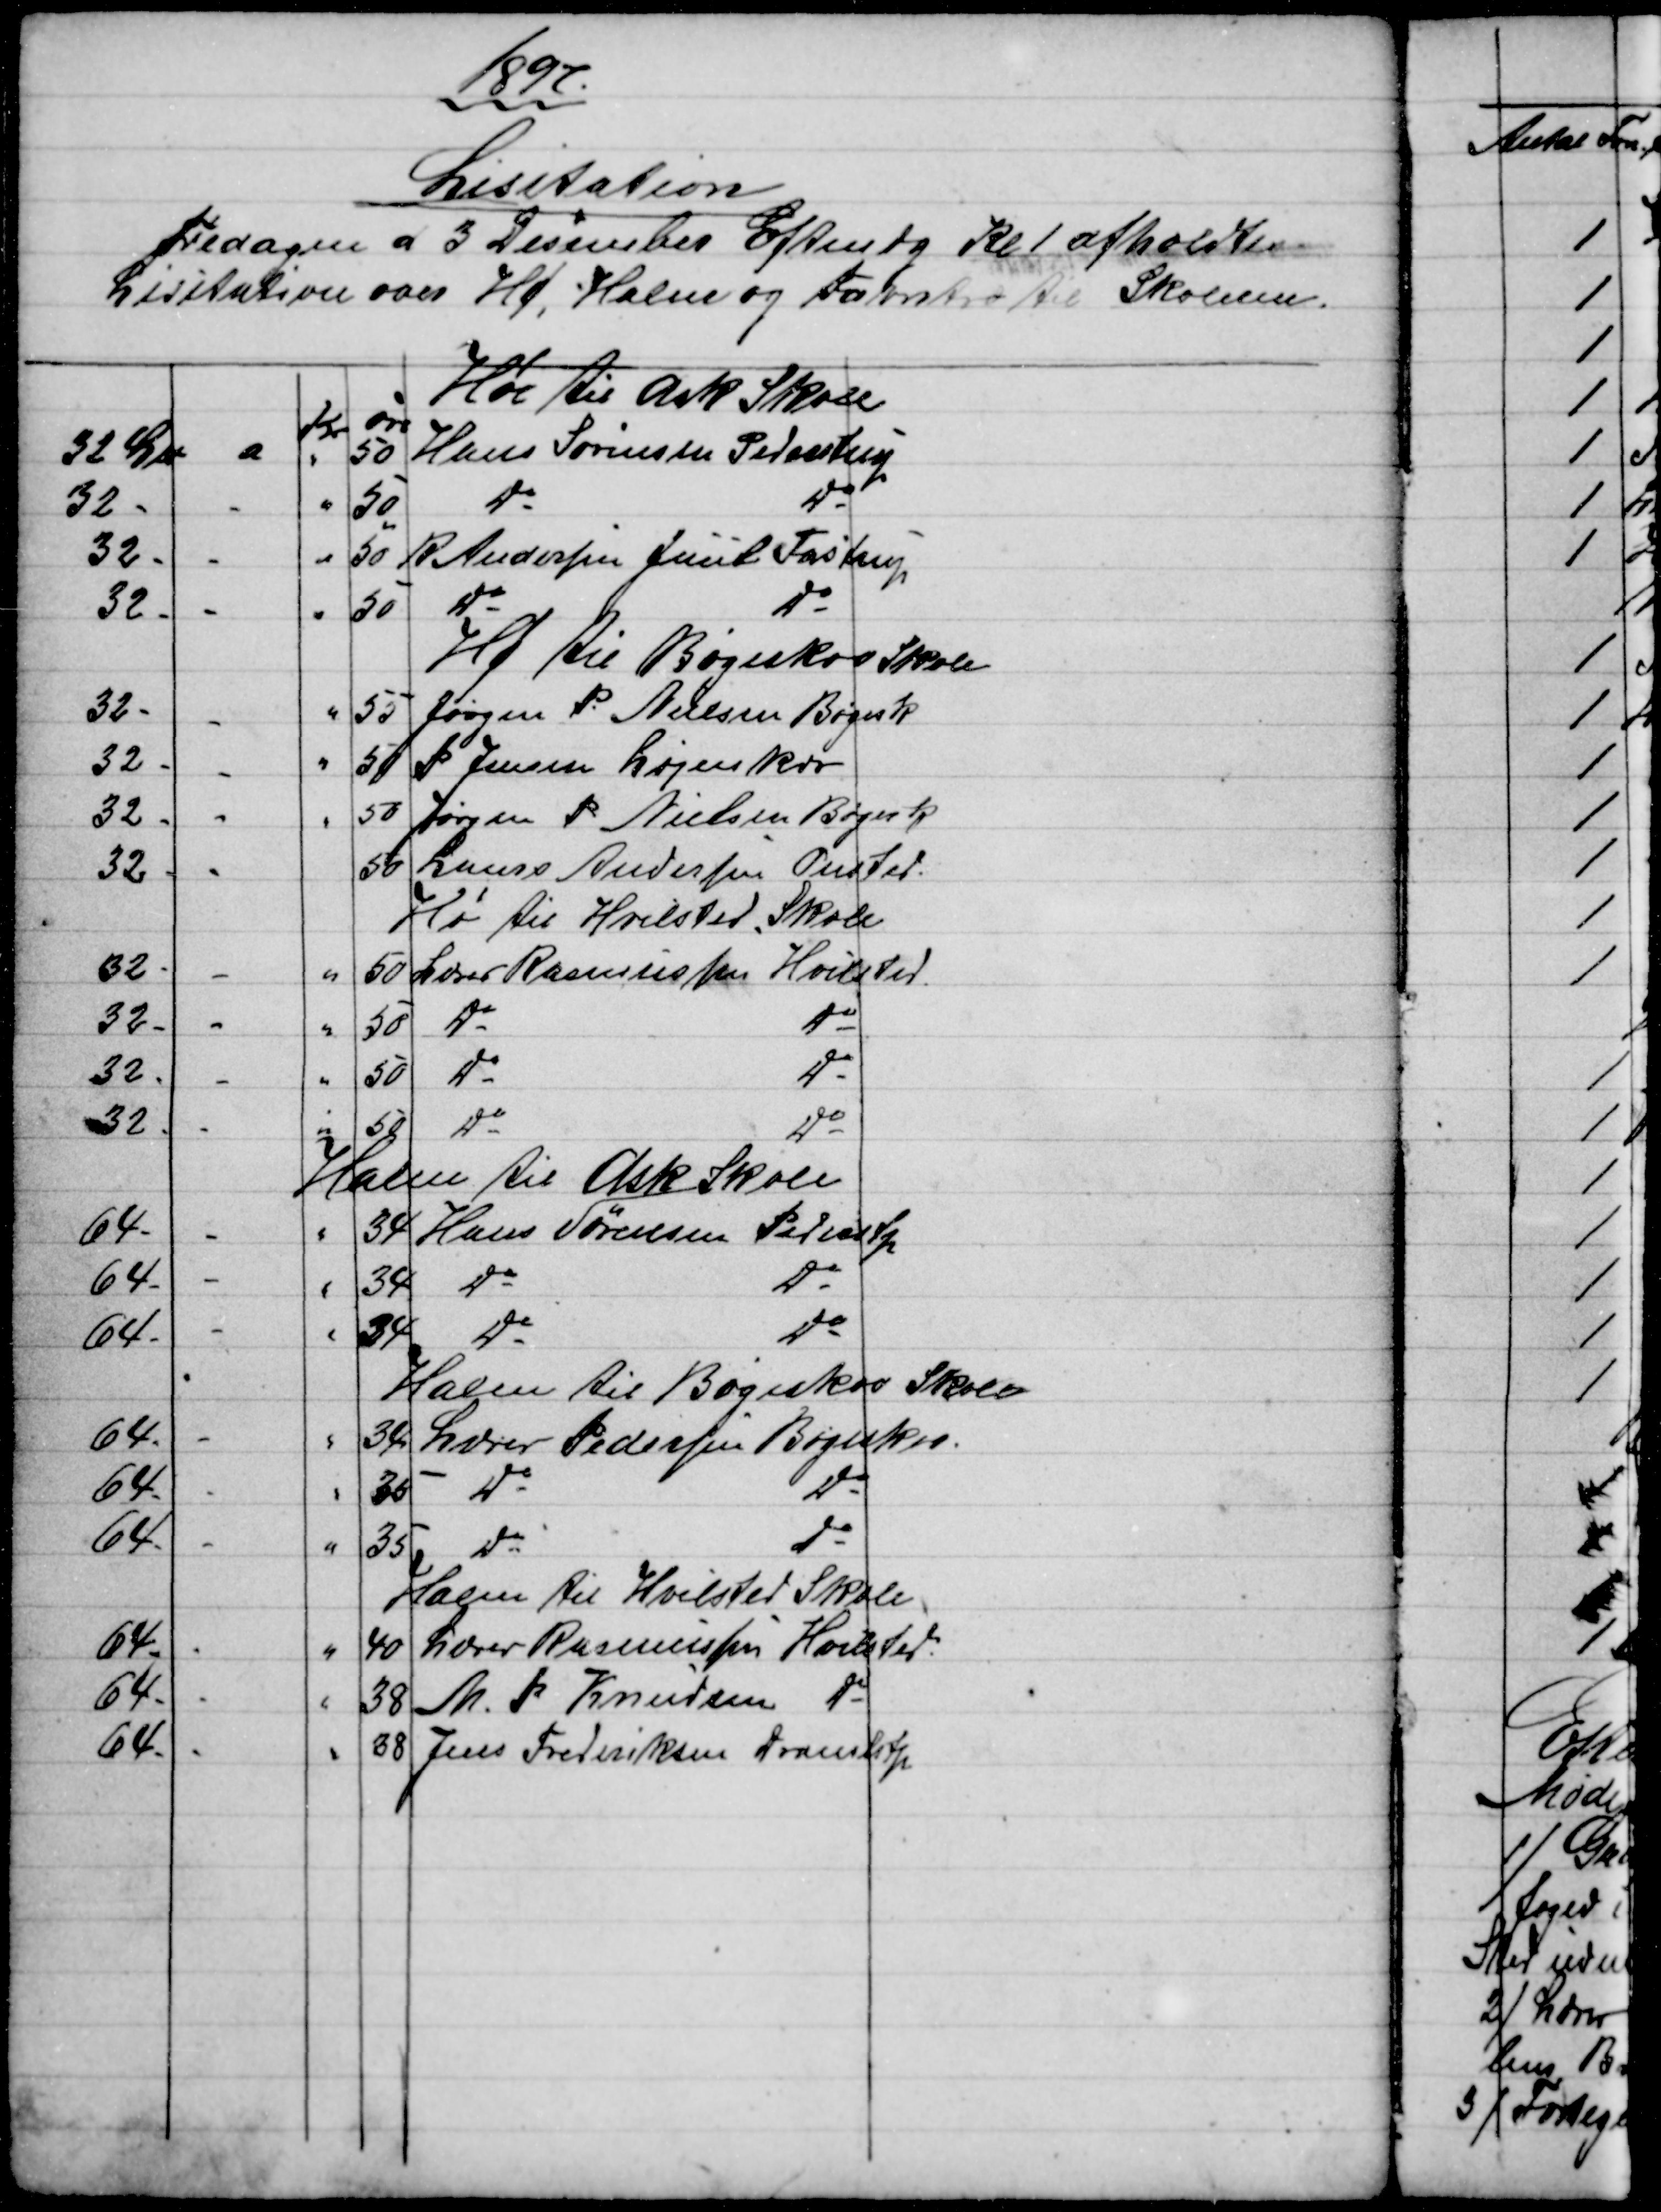
Transskription:
1897
Lisitation
Fredagen d 3 Desember Eftmdg Kl 1 afholdtes
Lisitation over Hø, Halm og Favntræ til Skolerne.
Høe til Ask Skole
Kr
øre
32 L℔
a
"
50
Hans Sørensen Pederstrup
32 -
"
50
Do
Do
32 -
"
50
R Andersen Juul Fastrup
32 -
"
50
Do
Do
 Hø til Bøgeskov Skole
32 -
"
55
Jørgen P Nielsen Bøgesk
32 -
"
50
P. Jensen Løjenkær
32 -
"
50
Jørgen P. Nielsen Bøgesk
32 -
50
Laurs Andersen Onsted.
Hø til Hvilsted Skole
32 -
"
50
Lærer Rasmussen Hvilsted.
32 -
"
50
Do
Do
32 -
"
50
Do
Do
32 -
"
50
Do
Do
Halm til Ask Skole
64 -
"
34
Hans Sørensen Pederstp
64 -
"
34
Do
Do
64 -
"
34
Do
Do
Halm til Bøgeskov Skole
64 -
"
34
Lærer Pedersen Bøgeskov
64 -
"
35
Do
Do
64 -
"
35
Do
Do
Halm til Hvilsted Skole
64 -
"
40
Lærer Rasmussen Hvilsted.
64 -
"
38
M. P. Knudsen Do
64 -
"
38
Jens Frederiksen Dramlstp